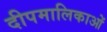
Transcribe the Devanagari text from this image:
दीपमालिकाओं